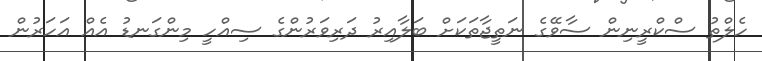
ހެލްތު ސްކްރީނިން ސާވޭގެ ނަތީޖާތަކަށް ބަލާއިރު ދަރިވަރުންގެ ސިއްހީ މިންގަނޑު އެއް އަހަރުން